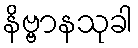
နိဗ္ဗာနသုခါ